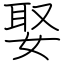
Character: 娶